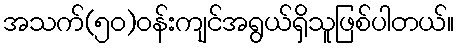
အသက်(၅၀)ဝန်းကျင်အရွယ်ရှိသူဖြစ်ပါတယ်။